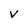
Character: V